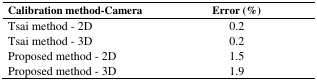
| Calibration method-Camera | Error (%) |
 | --- | --- |
 | Tsai method - 2D | 0.2 |
 | Tsai method - 3D | 0.2 |
 | Proposed method - 2D | 1.5 |
 | Proposed method - 3D | 1.9 |